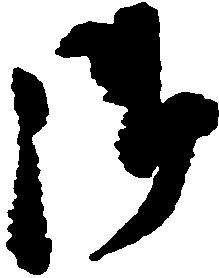
御